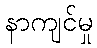
နာကျင်မှု